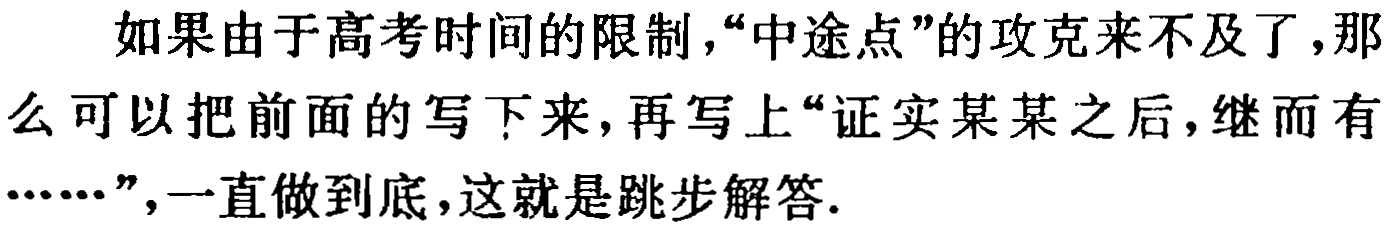
如果由于高考时间的限制，“中途点”的攻克来不及了，那么可以把前面的写下来，再写上“证实某某之后，继而有……”，一直做到底，这就是跳步解答.